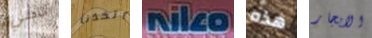
التحلي اتخذنا Niko هذه الايجار